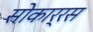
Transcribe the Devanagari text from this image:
सोकार्रस